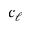
c _ { \ell }